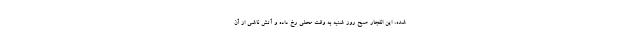
شده، این انفجار صبح روز شنبه به وقت محلی رخ داده و آتش ناشی از آن